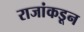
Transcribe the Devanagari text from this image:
राजांकडून